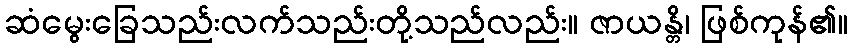
ဆံမွေးခြေသည်းလက်သည်းတို့သည်လည်း။ ဇာယန္တိ၊ ဖြစ်ကုန်၏။